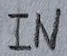
Text: IN